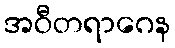
အဝီတရာဂေန